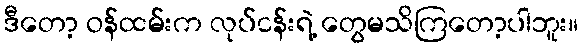
ဒီတော့ ဝန်ထမ်းက လုပ်ငန်းရဲ့ တွေမသိကြတော့ပါဘူး။